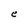
Character: e